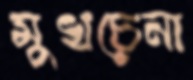
মুখচেনা